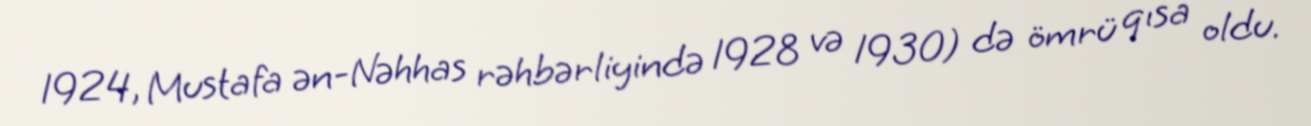
1924, Mustafa ən-Nəhhas rəhbərliyində 1928 və 1930) də ömrü qısa oldu.